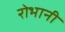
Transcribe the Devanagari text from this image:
रोभानी